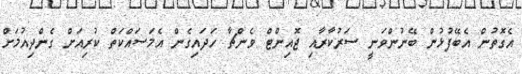
އެގޮތުން އެބޭފުޅުން ބޭނުންވަނީ ސަރުކާރާއި ޖޮއިންޓް ވެންޗާ ހަދައިގެން އެމަސައްކަތް ކުރިއަށް ގެންދިއުމަށް